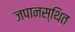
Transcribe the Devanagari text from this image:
जपानस्थित